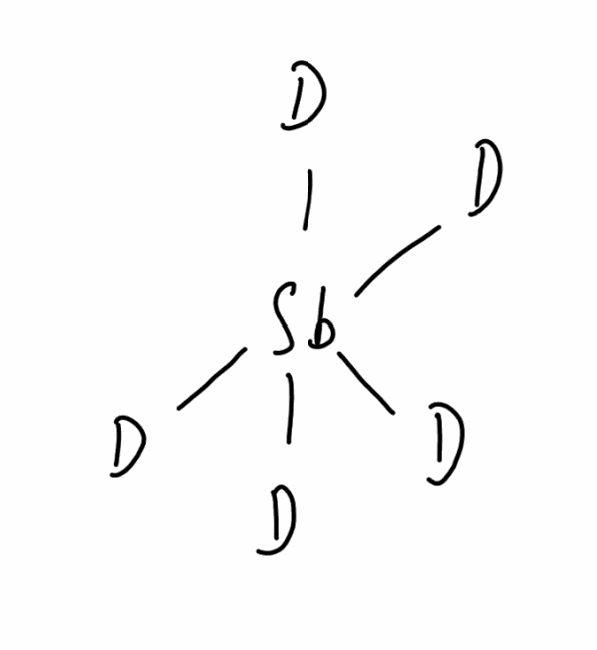
Simplified molecular-input line-entry system (SMILES) notation of the given molecule:
[2H][Sb]([2H])([2H])([2H])[2H]